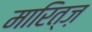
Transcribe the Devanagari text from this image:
मारित्ज़